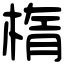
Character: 楕